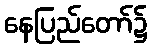
နေပြည်တော်၌